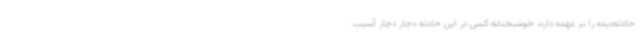
حادثه‌دیده را بر عهده دارد، خوشبختانه کسی در این حادثه دچار دچار آسیب